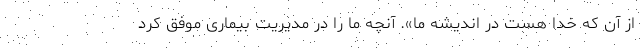
از آن که خدا هست در اندیشه ما». آنچه ما را در مدیریت بیماری موفق کرد